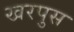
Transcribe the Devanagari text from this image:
खरपुस